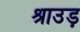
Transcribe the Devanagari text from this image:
श्राउड़